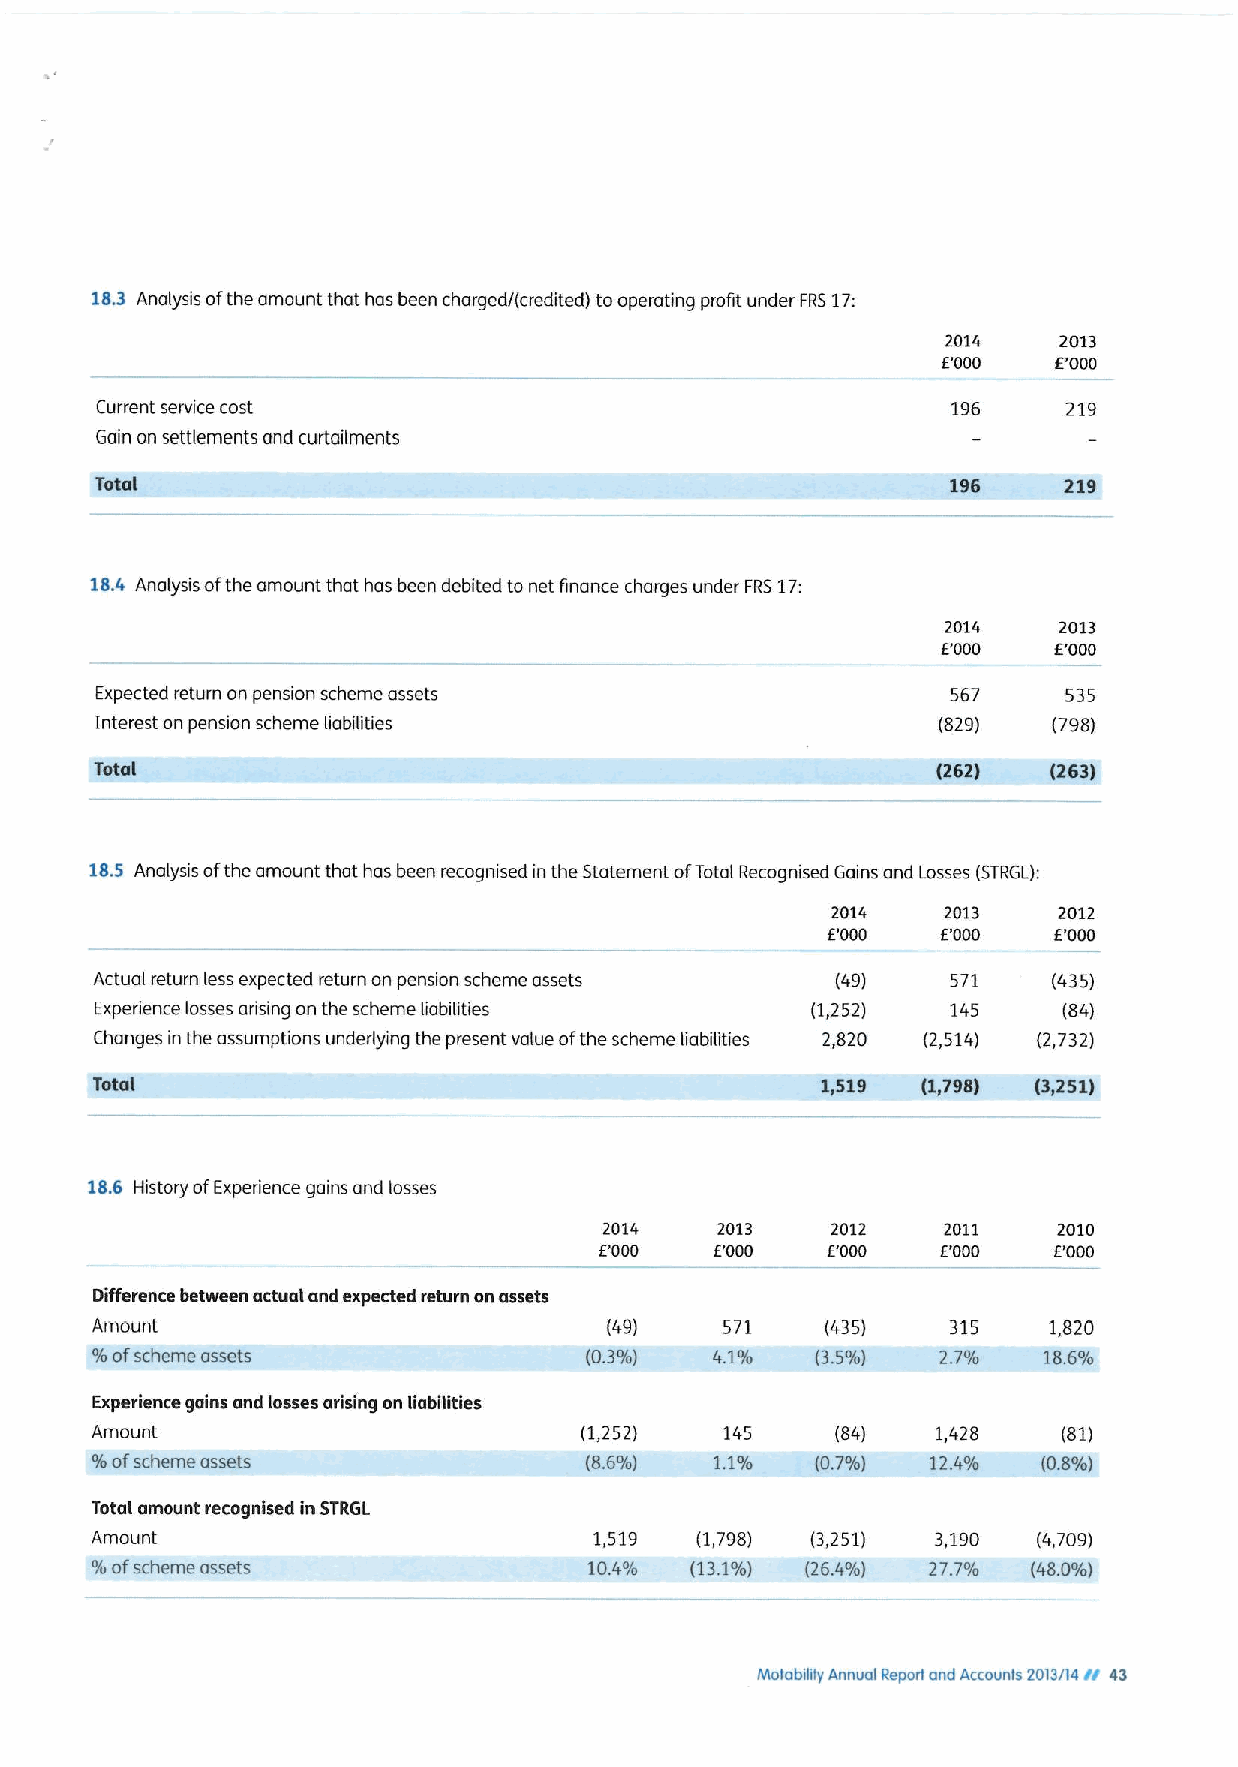
18.3 Analysis ofthe amount that has been charged/(credited) tooperating profit under FRS17:
 2014   2013
 E'000   E'000
 Current service cost                                     196     219
 Gain on settlements and curtailments
 Total                                                           219
 18.4 Analysis ofthe amount that has been debited to net finance charges under FRS17:
 2014   2013
 E'000   E'000
 Expected return on pension scheme assets                 567     535
 Interest on pension scheme liabilities                  (829)   (798)
 Tata(                                                   (262)   (263)
 18.5 Analysis ofthe amount that has been recognised in the Statement ofTotal Recognised Goins and Losses (STRGL):
 2014   2013    2012
 f.'000 E'000   E'000
 Actual return less expected return on pension scheme assets (49) 571 (435)
 Experience losses arising on the scheme liabilities (1,252) 145 (84)
 Changes in the assumptions underlying the present value ofthe scheme liabilities 2,820 (2,514) (2,732)
 Total                                           1,519  (1,798) (3,251)
 18.6 History ofExperience gains and losses
 2014   2013    2012   2011    2010
 E'000  E'000   E'000  E'000   E'000
 Difference between actual and expected return on assets
 Amount                            (49)    571    (435)   315   1,820
 %ofscheme assets                 (0.3%)  4.1%   (3.5%)  2.7%   18.6%
 Experience gains and losses arising on liabilities
 Amount                          (1,252)   145    (84)   1,428   (81)
 %ofscheme assets                 (8.6%)  1.1%   (0.7%)  12.4%  (0.8%)
 Total amount recognised in STRGL
 Amount                           1,519  (1,798) (3,251) 3,190  (4,709)
 %ofscheme assets                 10.4%  (13.1%) (26.4%) 27.7% (48.0%)
 Motobety Annual Reporl and Accounts 2013/14rr 43